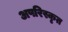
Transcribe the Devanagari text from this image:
अपरिस्कृत